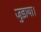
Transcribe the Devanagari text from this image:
जुडाया।